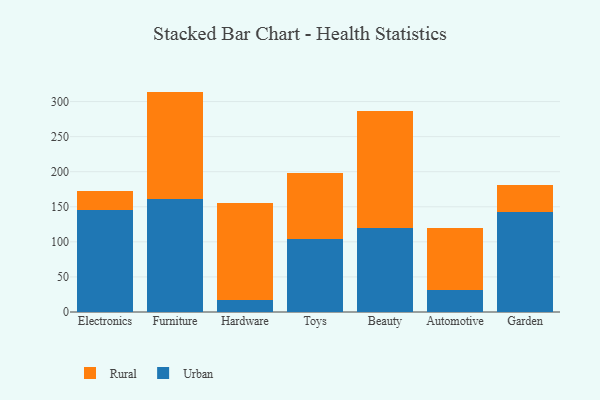
{"axis": {"x": "Category", "y": "Bounce Rate (%)"}, "legend": ["Rural", "Urban"], "data": [{"x": "Electronics", "y": 144.9, "type": "Urban"}, {"x": "Electronics", "y": 28.1, "type": "Rural"}, {"x": "Furniture", "y": 160.8, "type": "Urban"}, {"x": "Furniture", "y": 153.4, "type": "Rural"}, {"x": "Hardware", "y": 17.4, "type": "Urban"}, {"x": "Hardware", "y": 137.3, "type": "Rural"}, {"x": "Toys", "y": 104.7, "type": "Urban"}, {"x": "Toys", "y": 92.8, "type": "Rural"}, {"x": "Beauty", "y": 120.0, "type": "Urban"}, {"x": "Beauty", "y": 166.0, "type": "Rural"}, {"x": "Automotive", "y": 31.4, "type": "Urban"}, {"x": "Automotive", "y": 87.8, "type": "Rural"}, {"x": "Garden", "y": 142.6, "type": "Urban"}, {"x": "Garden", "y": 38.7, "type": "Rural"}]}